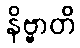
နိဗ္ဗာတိ